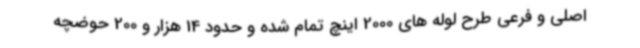
اصلی و فرعی طرح لوله های 2000 اینچ تمام شده و حدود 14 هزار و 200 حوضچه